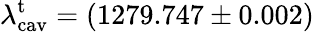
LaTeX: \lambda_{\mathrm{cav}}^{\mathrm{t}}=(1279.747\pm 0.002)